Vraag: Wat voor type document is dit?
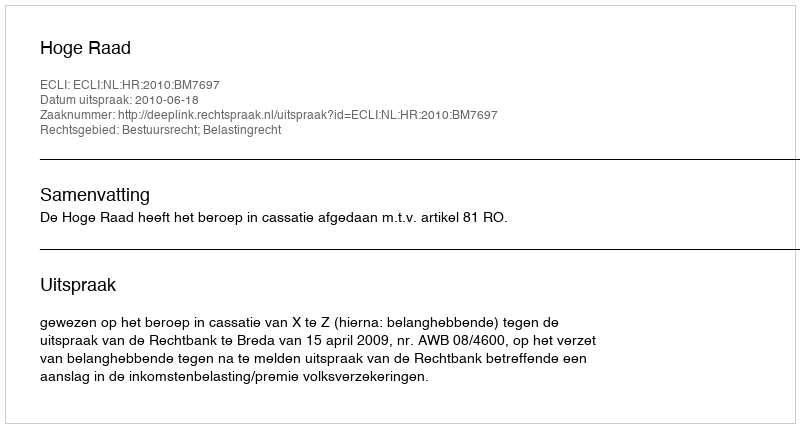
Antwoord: Uitspraak